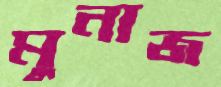
মুনাজ